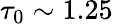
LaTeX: \tau_{0}\sim 1.25